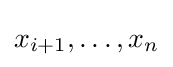
x_{i+1},\ldots ,x_{n}